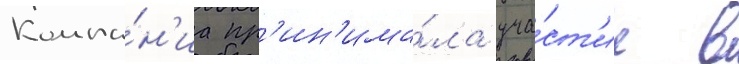
Компа́н'иа пр'ин'има́ла уча́ст'ие в